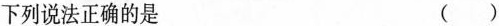
下列说法正确的是 ( )